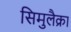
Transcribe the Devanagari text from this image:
सिमुलैक्रा